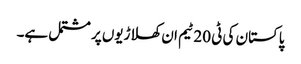
پاکستان کی ٹی 20 ٹیم ان کھلاڑیوں پر مشتمل ہے۔